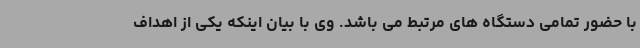
با حضور تمامی دستگاه های مرتبط می باشد. وی با بیان اینکه یکی از اهداف